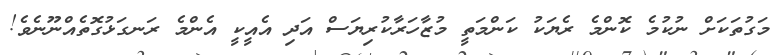
މަގުތަކަށް ނުކުމެ ކޮންމެ ރެޔަކު ކަންމަތީ މުޒާހަރާކުރިޔަސް އަދި އެއީކީ އެންމެ ރަނގަޅުގޮތެއްނޫނެވެ!